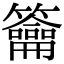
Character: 籥